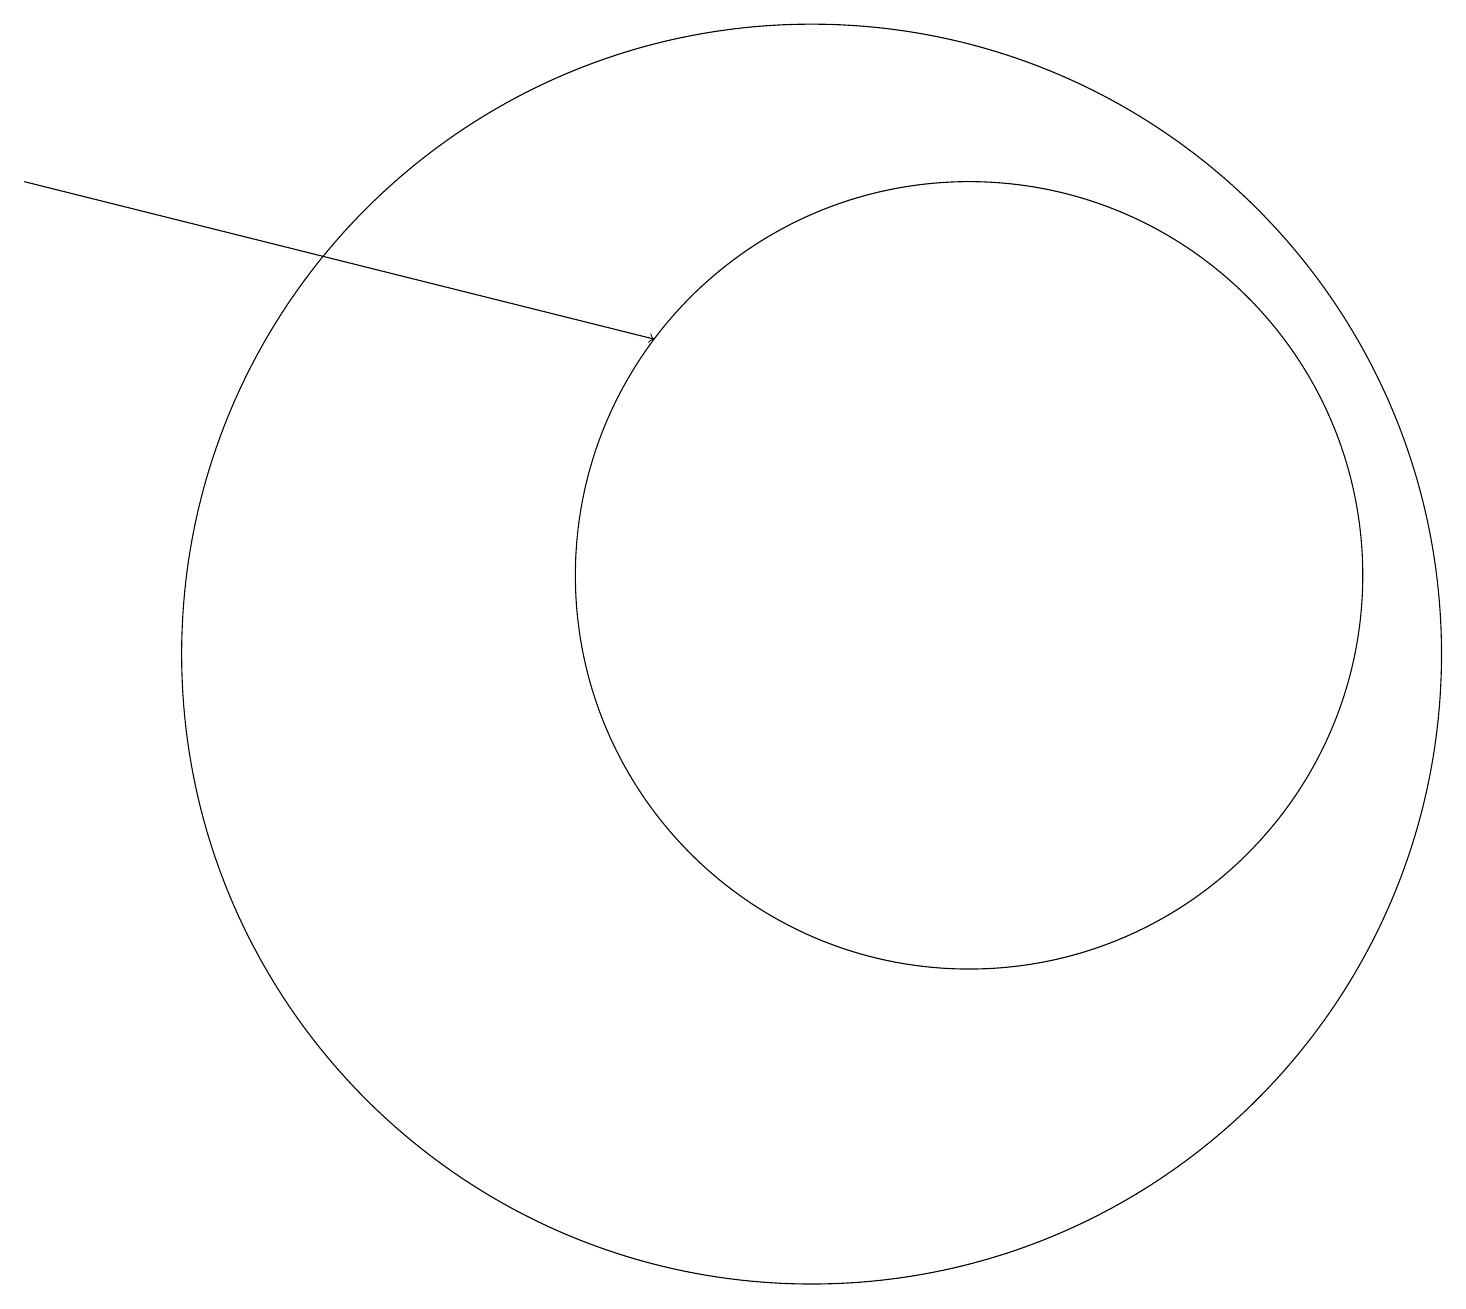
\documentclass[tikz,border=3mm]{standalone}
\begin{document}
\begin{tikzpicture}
\draw[->] (0,16) -- (8,14);
\draw (10,10) circle (8);
\draw (10,11) circle (0);
\draw (12,11) circle (5);
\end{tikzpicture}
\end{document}